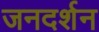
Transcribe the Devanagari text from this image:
जनदर्शन